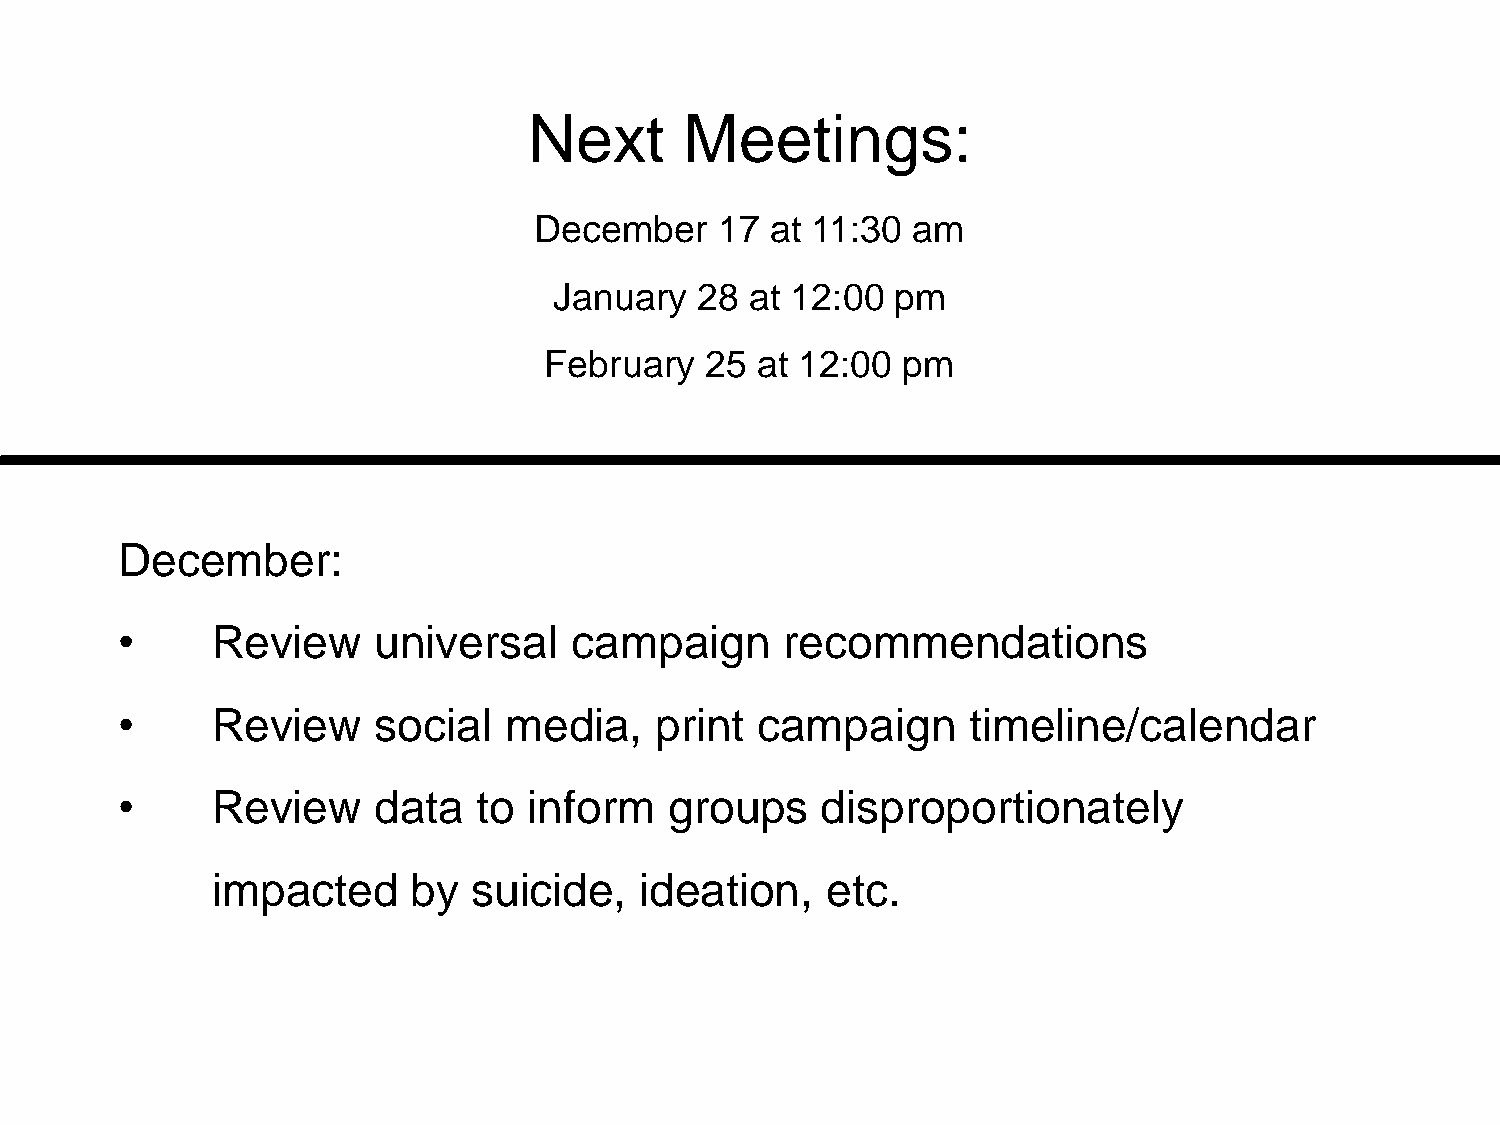
Next      Meetings:
 December     17 at 11:30 am
 January  28  at 12:00 pm
 February   25 at 12:00  pm
 December:
 •     Review     universal    campaign      recommendations
 •     Review     social  media,    print  campaign      timeline/calendar
 •     Review     data   to inform   groups    disproportionately
 impacted     by  suicide,   ideation,    etc.